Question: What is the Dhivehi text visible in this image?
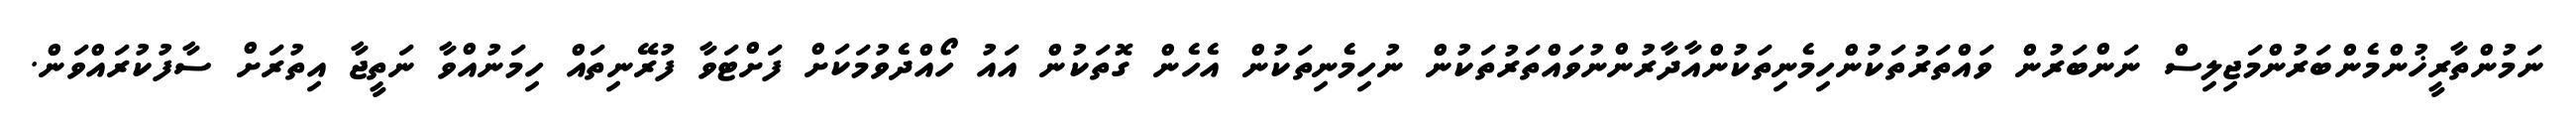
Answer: ނަމުންތާރީޚުންމެންބަރުންމަޖިލިސް ނަންބަރުން ވައްތަރުތަކުންހިމެނިތަކުންއާދާރުންނުވައްތަރުތަކުން ނުހިމެނިތަކުން އެހެން ގޮތަކުން އައު ހޯއްދެވުމަކަށް ފަށްޓަވާ ފުރޭނިތައް ހިމަނުއްވާ ނަތީޖާ އިތުރަށް ސާފުކުރައްވަން.